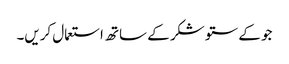
جو کے ستو شکر کے ساتھ استعمال کریں۔